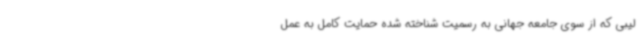
لیبی که از سوی جامعه جهانی به رسمیت شناخته شده حمایت کامل به عمل